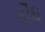
રૌધ